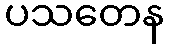
ပသတေန